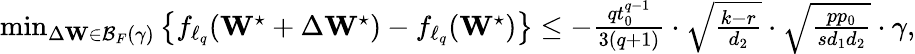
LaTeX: \begin{array}{r}{\operatorname*{min}_{\Delta\mathbf{W}\in\mathcal{B}_{F}(\gamma)}\left\{ f_{\ell_{q}}(\mathbf{W}^{\star}+\Delta\mathbf{W}^{\star})-f_{\ell_{q}}(\mathbf{W}^{\star})\right\} \leq-\frac{qt_{0}^{q-1}}{3(q+1)}\cdot\sqrt{\frac{k-r}{d_{2}}}\cdot\sqrt{\frac{pp_{0}}{sd_{1}d_{2}}}\cdot\gamma,}\end{array}